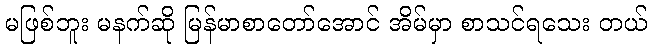
မဖြစ်ဘူး မနက်ဆို မြန်မာစာတော်အောင် အိမ်မှာ စာသင်ရသေး တယ်